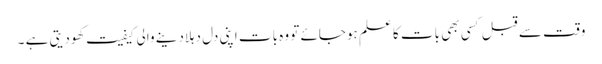
وقت سے قبل کسی بھی بات کا علم ہوجائے تو وہ بات اپنی دل دہلادینے والی کیفیت کھودیتی ہے ۔